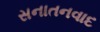
સનાતનવાદ